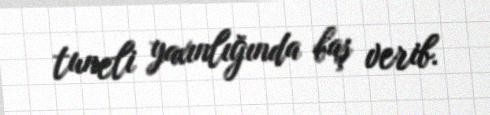
tuneli yaxınlığında baş verib.